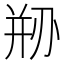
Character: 剙